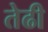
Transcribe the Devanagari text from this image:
तेढी